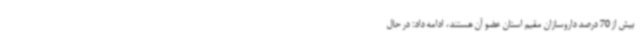
بیش از 70 درصد داروسازان مقیم استان عضو آن هستند، ادامه داد: در حال